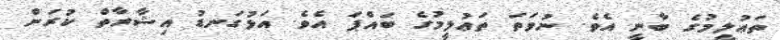
ތަޢުލީމުގެ ބާނީ އެވެ. ނުވަތަ ތަޢުލީމުގެ ބައްޕަ އެވެ. އަޅުގަނޑު އިޝާރާތް ކުރަން